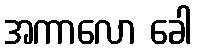
အကာလော ခေါ